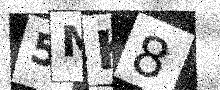
Text: 5MK8